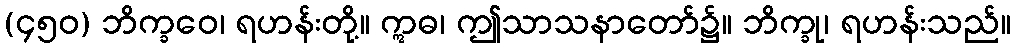
(၄၅၀) ဘိက္ခဝေ၊ ရဟန်းတို့။ ဣဓ၊ ဤသာသနာတော်၌။ ဘိက္ခု၊ ရဟန်းသည်။